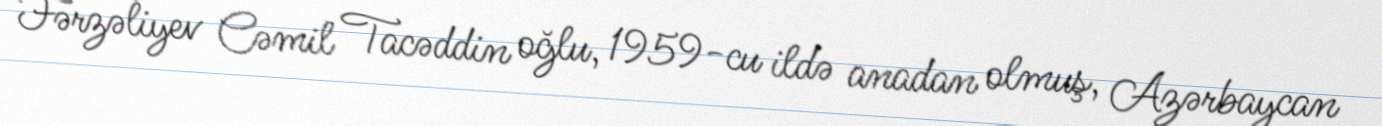
Fərzəliyev Cəmil Tacəddin oğlu, 1959-cu ildə anadan olmuş, Azərbaycan